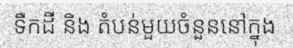
ទឺកដី និង តំបន់មួយចំនួននៅក្នុង